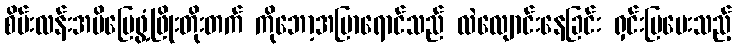
စိမ်းလန်းအမိမြေဖွံ့ဖြိုးတိုးတက် ကိုဘော့အပြာရောင်သည် လဲလျောင်းနေခြင်း ရှင်းပြပေးသည့်